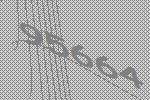
95664